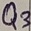
Text: Q3